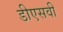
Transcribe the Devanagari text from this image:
डीएसवी